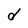
Character: d